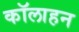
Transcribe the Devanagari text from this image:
कॉलाहन